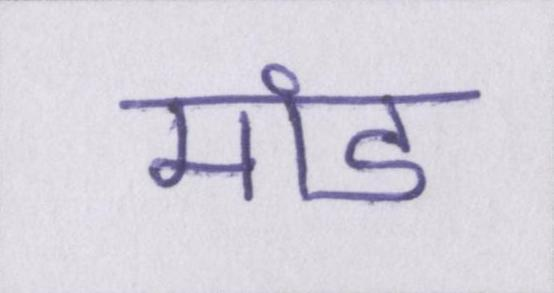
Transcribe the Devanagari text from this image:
मांड